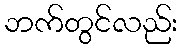
ဘက်တွင်လည်း